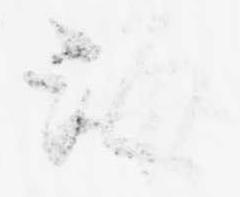
海